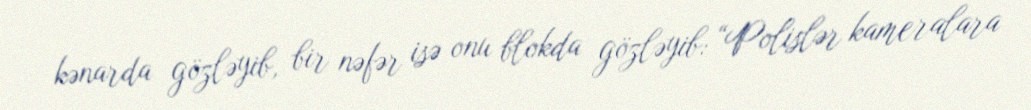
kənarda gözləyib, bir nəfər isə onu blokda gözləyib: “Polislər kameralara